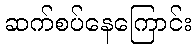
ဆက်စပ်နေကြောင်း